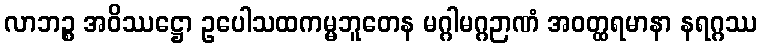
လာဘဉ္စ အဝိဿဋ္ဌော ဥပေါသထကမ္မဘူတေန မဂ္ဂါမဂ္ဂဉာဏံ အဝတ္ထရမာနာ နရဂ္ဂဿ